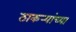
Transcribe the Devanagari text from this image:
ठाकर्‍यांच्या